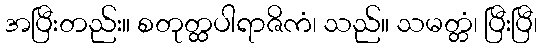
အပြီးတည်း။ စတုတ္ထပါရာဇိကံ၊ သည်။ သမတ္တံ၊ ပြီးပြီ၊